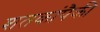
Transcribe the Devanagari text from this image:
शतकांपैकी